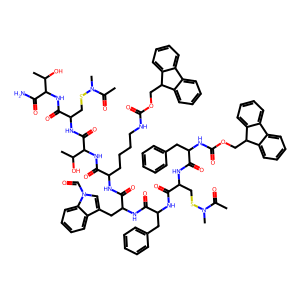
SMILES: CC(=O)N(C)SCC(NC(=O)C(Cc1ccccc1)NC(=O)OCC1c2ccccc2-c2ccccc21)C(=O)NC(Cc1ccccc1)C(=O)NC(Cc1cn(C=O)c2ccccc12)C(=O)NC(CCCCNC(=O)OCC1c2ccccc2-c2ccccc21)C(=O)NC(C(=O)NC(CSN(C)C(C)=O)C(=O)NC(C(N)=O)C(C)O)C(C)O
Inhibits HIV replication: No